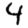
Digit: 4